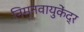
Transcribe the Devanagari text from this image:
निम्नवायुकेंद्र